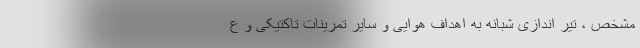
مشخص ، تیر اندازی شبانه به اهداف هوایی و سایر تمرینات تاکتیکی و ع